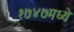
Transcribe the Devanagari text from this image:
१७४७मध्ये